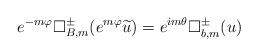
LaTeX: \begin{align*} e^{-m\varphi}\Box^{\pm}_{B,m}(e^{m\varphi}\widetilde u)=e^{im\theta}{\Box}^{\pm}_{b,m}(u)\end{align*}